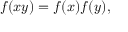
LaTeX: f ( x y ) = f ( x ) f ( y ) ,